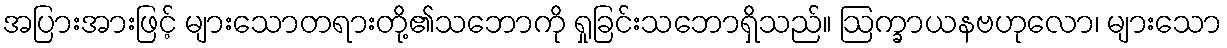
အပြားအားဖြင့် များသောတရားတို့၏သဘောကို ရှုခြင်းသဘောရှိသည်။ ဩက္ခာယနဗဟုလော၊ များသော